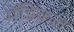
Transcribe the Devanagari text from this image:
मॅडिकल